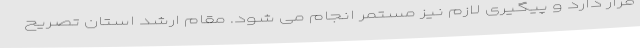
قرار دارد و پیگیری لازم نیز مستمر انجام می شود. مقام ارشد استان تصریح